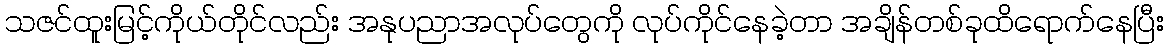
သဇင်ထူးမြင့်ကိုယ်တိုင်လည်း အနုပညာအလုပ်တွေကို လုပ်ကိုင်နေခဲ့တာ အချိန်တစ်ခုထိရောက်နေပြီး